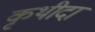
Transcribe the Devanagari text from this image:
कृथीदा